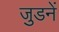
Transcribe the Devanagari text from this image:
जुडनें